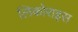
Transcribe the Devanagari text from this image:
लिकोराइस